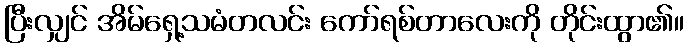
ပြီးလျှင် အိမ်ရှေ့သမံတလင်း ကော်ရစ်တာလေးကို တိုင်းထွာ၏။